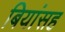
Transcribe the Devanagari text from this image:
बियांसह